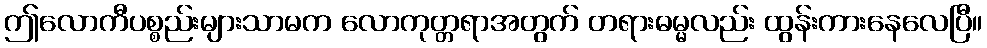
ဤလောကီပစ္စည်းများသာမက လောကုတ္တရာအတွက် တရားဓမ္မလည်း ထွန်းကားနေလေပြီ။